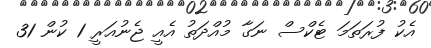
އެކު ފުރަތަމަ ޓެކްސް ނަގާ މުއްދަތު އެއީ ޖެނުއަރީ 1 ކުން 31